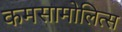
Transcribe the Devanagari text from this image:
कमसामोलित्स